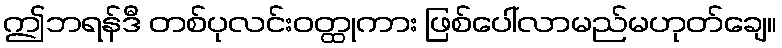
ဤဘရန်ဒီ တစ်ပုလင်းဝတ္ထုကား ဖြစ်ပေါ်လာမည်မဟုတ်ချေ။